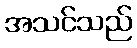
အသင်သည်